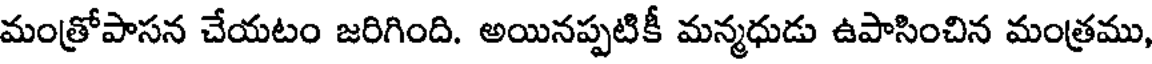
మంత్రోపాసన చేయటం జరిగింది. అయినప్పటికీ మన్మధుడు ఉపాసించిన మంత్రము,